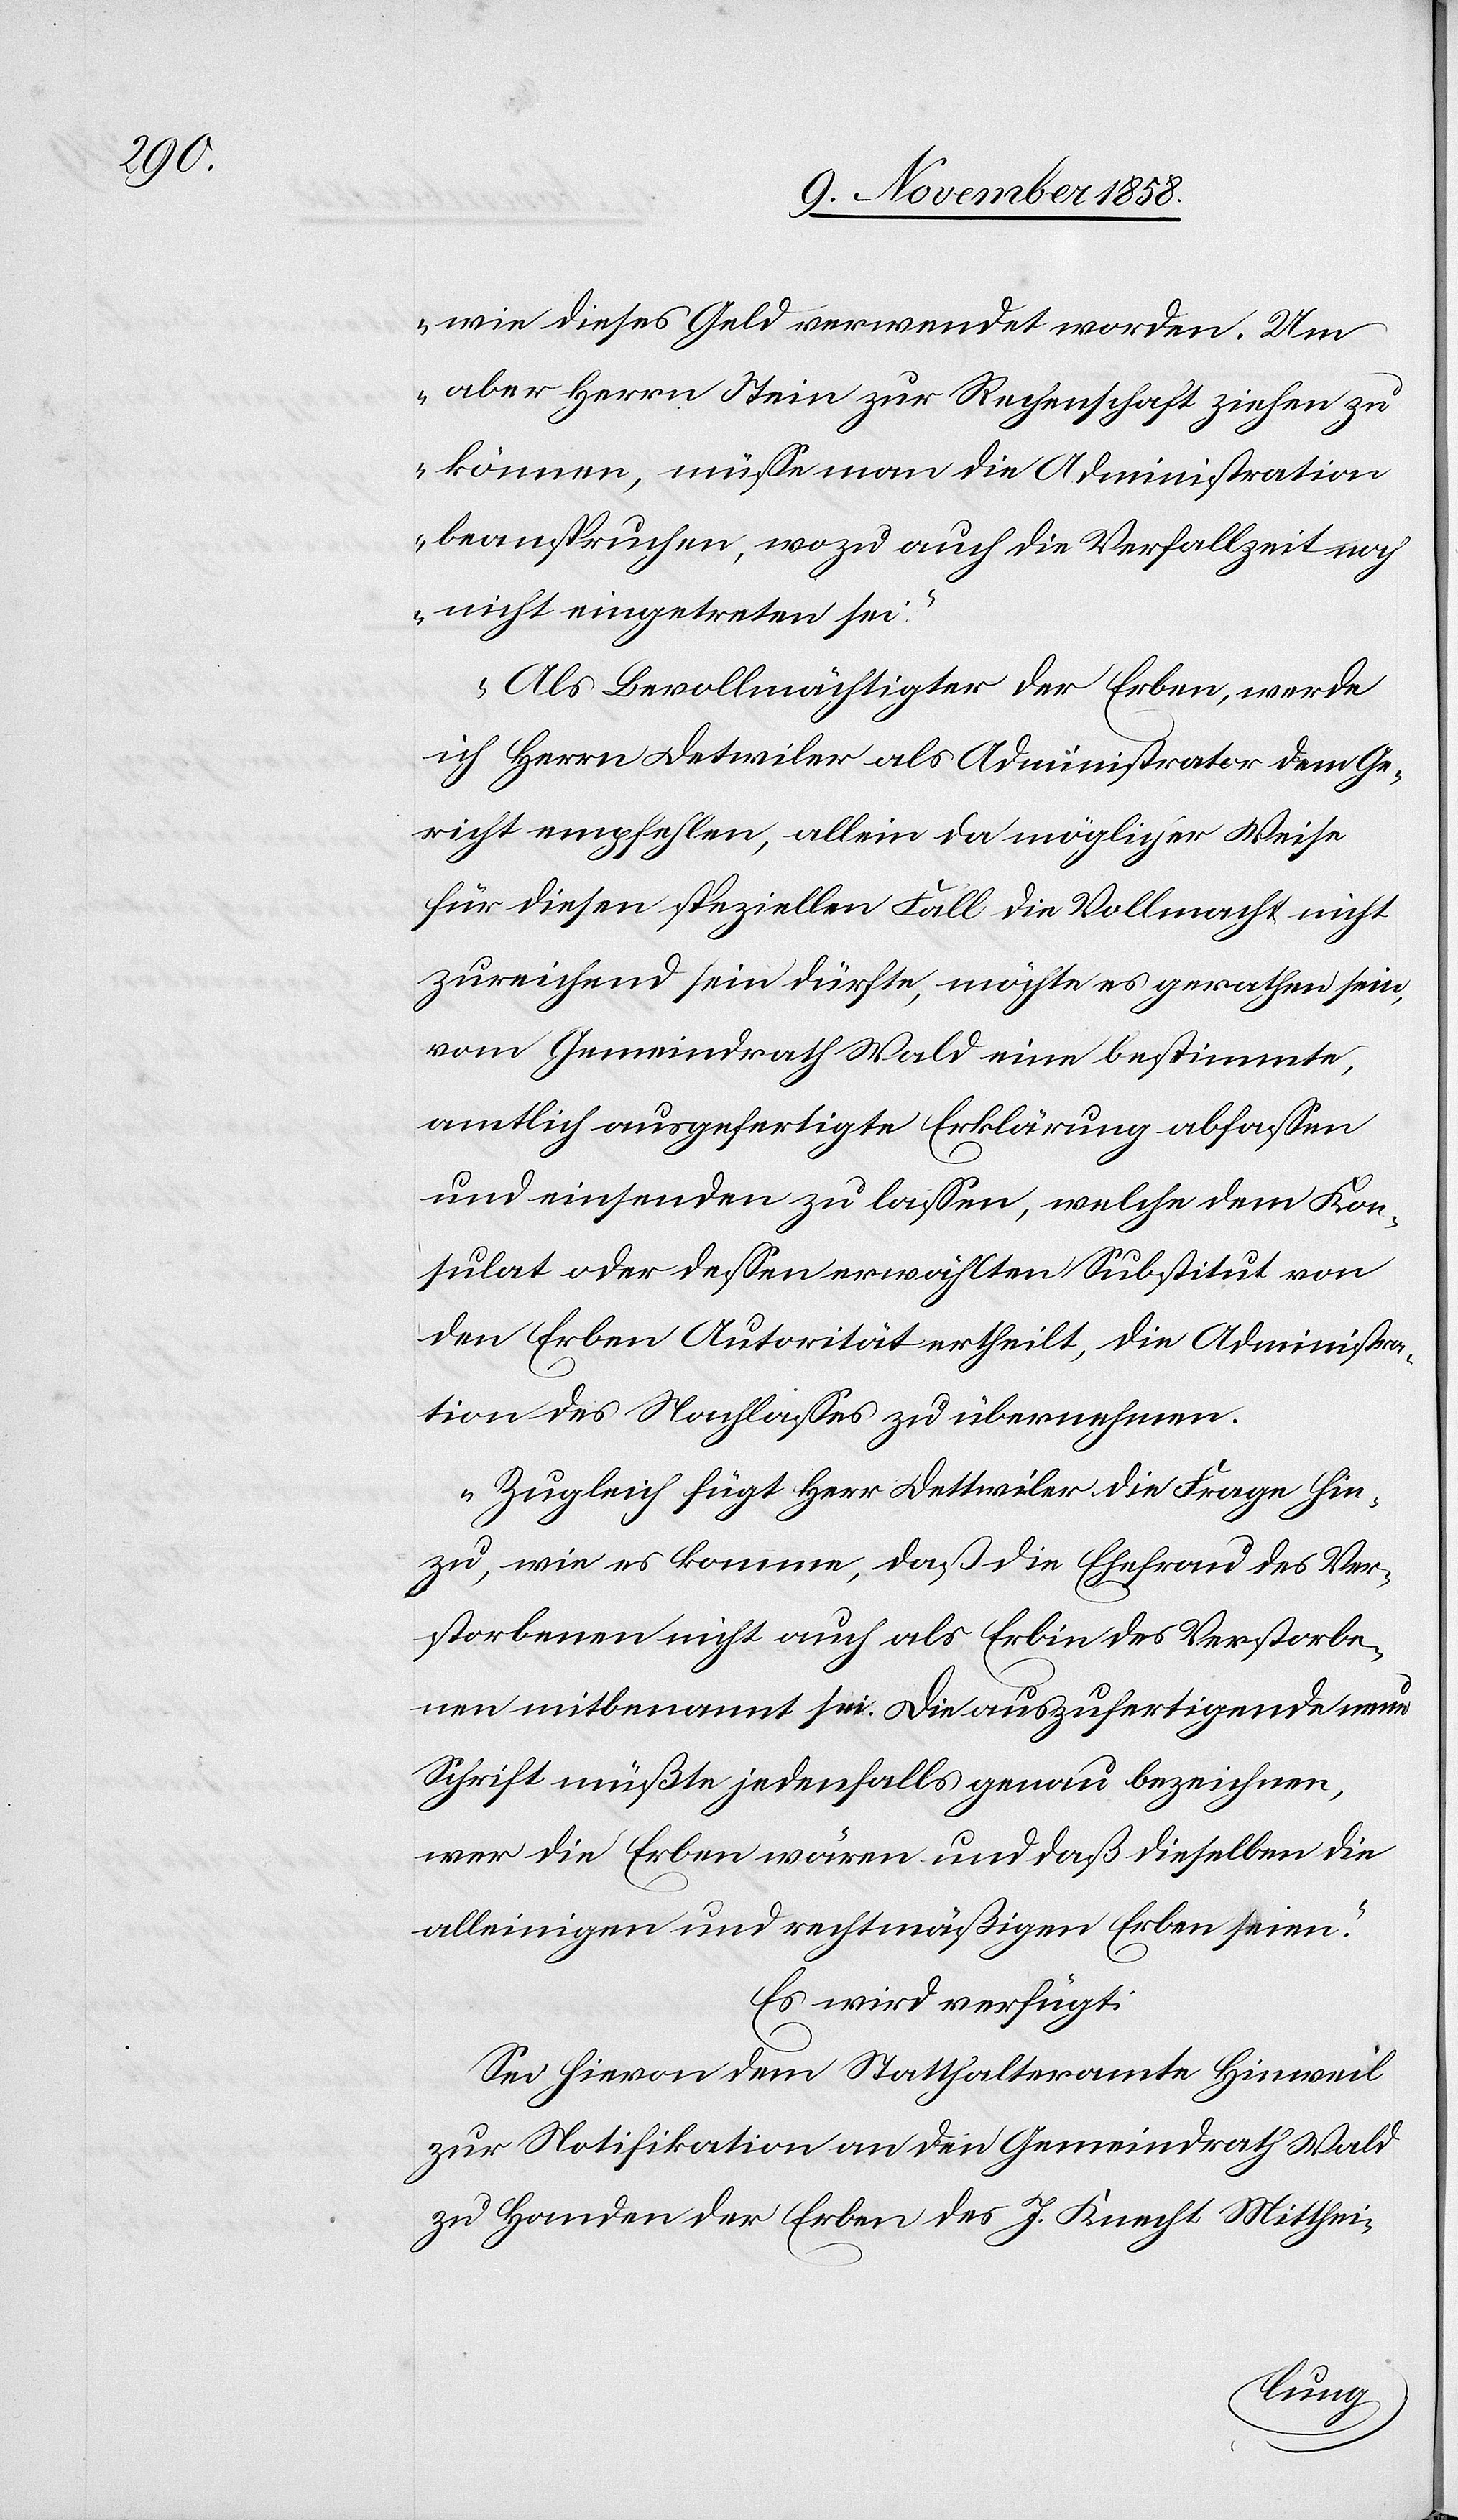
wie dieses Geld verwendet worden. Um
aber Herrn Stein zur Rechenschaft ziehen zu
können, müsse man die Administration
beanspruchen, wozu auch die Verfallzeit noch
nicht eingetreten sei.‘
Als Bevollmächtigter der Erben, werde
ich Herrn Detwiler als Administrator dem Ge¬
richt empfehlen, allein da möglicher Weise
für diesen speziellen Fall die Vollmacht nicht
zureichend sein dürfte, möchte es gerathen sein,
vom Gemeindrath Wald eine bestimmte,
amtlich ausgefertigte Erklärung abfassen
und einsenden zu lassen, welche dem Kon¬
sulat oder dessen erwählten Substitut von
den Erben Autorität ertheilt, die Administra¬
tion des Nachlasses zu übernehmen.
Zugleich fügt Herr Dettwiler die Frage hin¬
zu, wie es komme, daß die Ehefrau des Ver¬
storbenen nicht auch als Erbin des Verstorbe¬
nen mitbenannt sei. Die auszufertigende neue
Schrift müßte jedenfalls genau bezeichnen,
wer die Erben wären und daß dieselben die
alleinigen und rechtmäßigen Erben seien.“
Es wird verfügt:
Sei hievon dem Statthalteramte Hinweil
zur Notifikation an den Gemeindrath Wald
zu Handen der Erben des J. Knecht Mitthei-